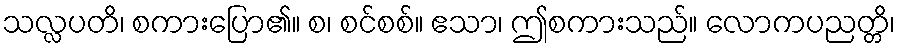
သလ္လပတိ၊ စကားပြော၏။ စ၊ စင်စစ်။ ဧသာ၊ ဤစကားသည်။ လောကပညတ္တိ၊